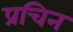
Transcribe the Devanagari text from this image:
प्रचिन